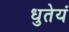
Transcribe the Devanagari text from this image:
धुतेयं